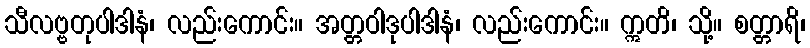
သီလဗ္ဗတုပါဒါနံ၊ လည်းကောင်း။ အတ္တဝါဒုပါဒါနံ၊ လည်းကောင်း။ ဣတိ၊ သို့။ စတ္တာရိ၊